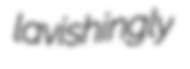
lavishingly